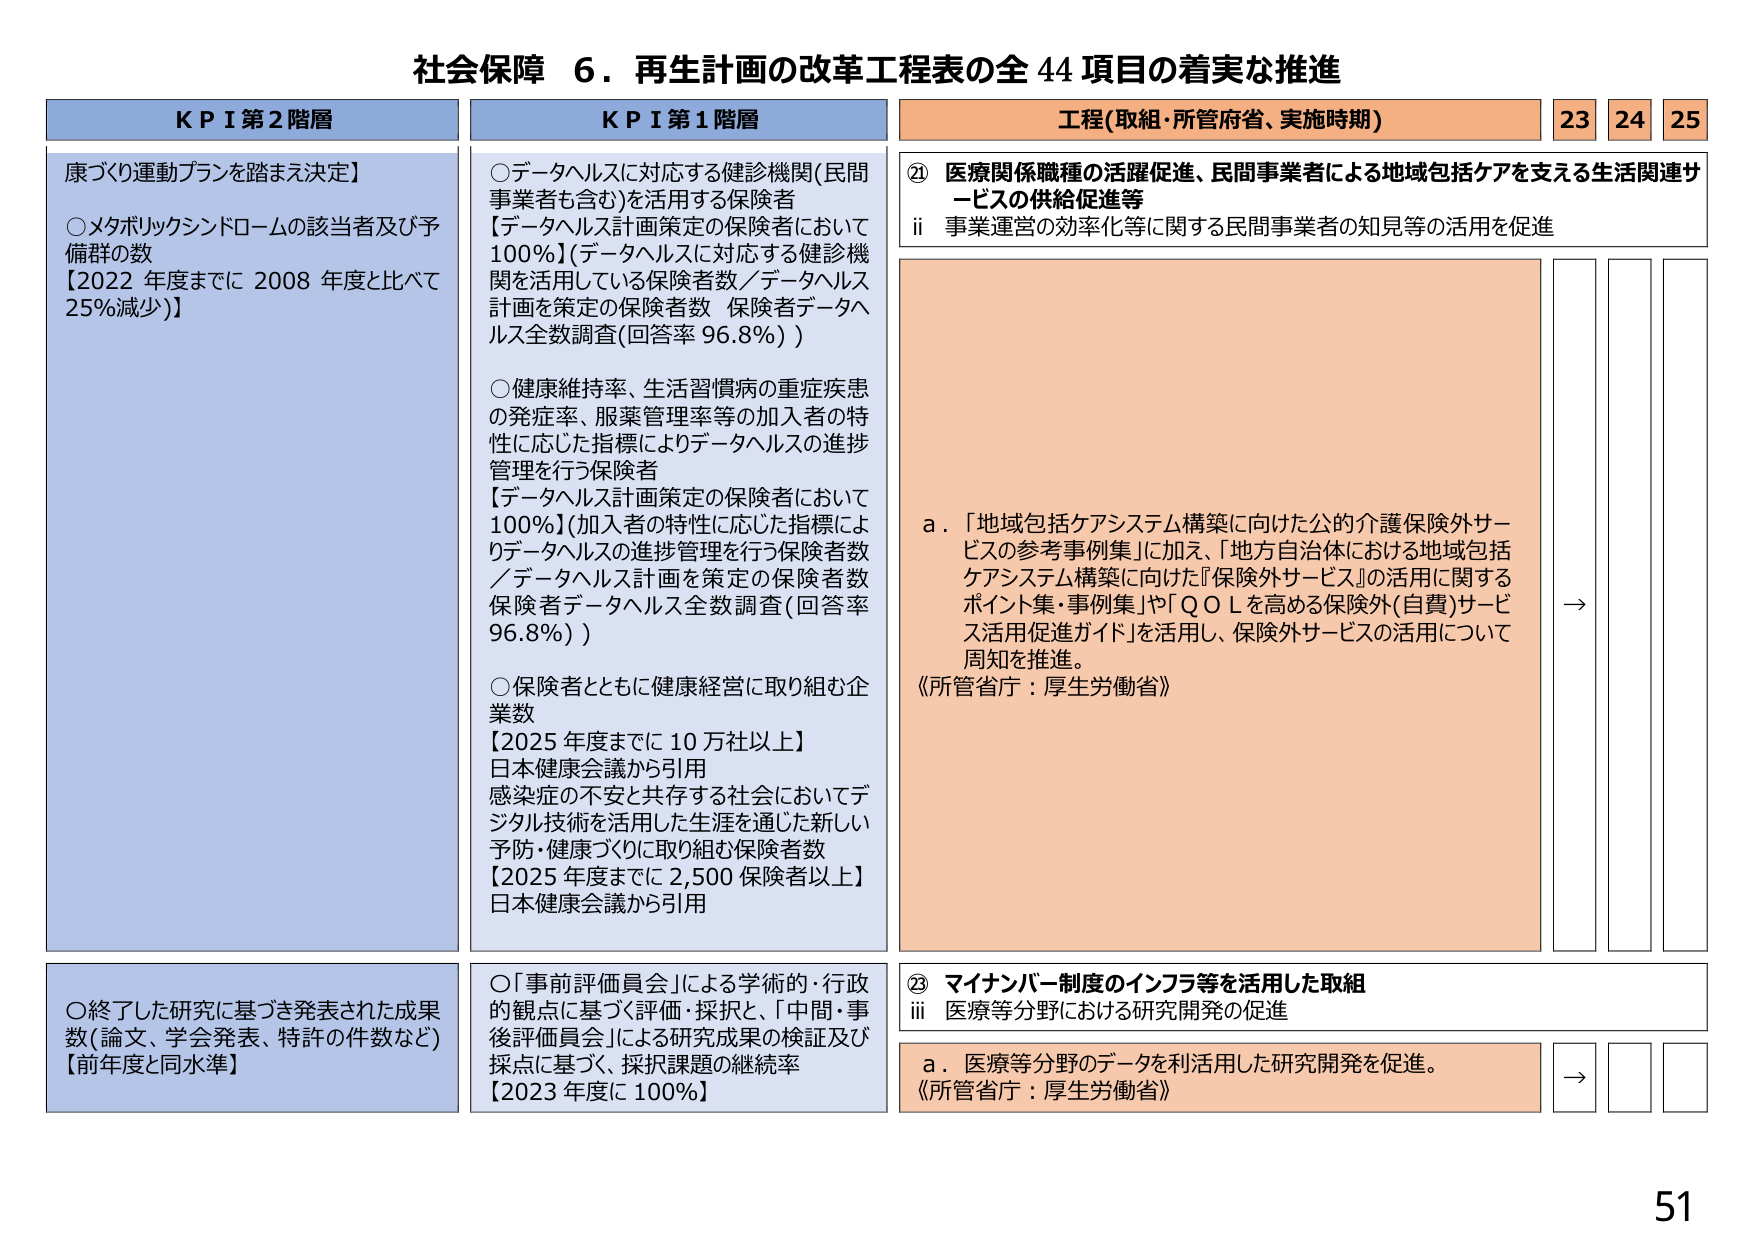
社会保障 6．再生計画の改革工程表の全44項目の着実な推進

KPI第2階層
康づくり運動プランを踏まえ決定】
○メタボリックシンドロームの該当者及び予備群の数
【2022年度までに2008年度と比べて25%減少】）

○終了した研究に基づき発表された成果数（論文、学会発表、特許の件数など）
【前年度と同水準】

KPI第1階層
○データヘルスに対応する健診機関（民間事業者も含む）を活用する保険者
【データヘルス計画策定の保険者において100%】（データヘルスに対応する健診機関を活用している保険者数／データヘルス計画を策定の保険者数 保険者データヘルス全数調査（回答率96.8%））

○健康維持率、生活習慣病の重症疾患の発症率、服薬管理率等の加入者の特性に応じた指標によりデータヘルスの進捗管理を行う保険者
【データヘルス計画策定の保険者において100%】（加入者の特性に応じた指標によりデータヘルスの進捗管理を行う保険者数／データヘルス計画を策定の保険者数 保険者データヘルス全数調査（回答率96.8%））

○保険者とともに健康経営に取り組む企業数
【2025年度までに10万社以上】
日本健康会議から引用
感染症の不安と共存する社会においてデジタル技術を活用した生涯を通じた新しい予防・健康づくりに取り組む保険者数
【2025年度までに2,500保険者以上】
日本健康会議から引用

○「事前評価委員会」による学術的・行政的観点に基づく評価・採択と、「中間・事後評価委員会」による研究成果の検証及び採点に基づく、採択課題の継続率
【2023年度に100%】

工程（取組・所管府省、実施時期）
23 24 25

⑳ 医療関係職種の活躍促進、民間事業者による地域包括ケアを支える生活関連サービスの供給促進等
ii 事業運営の効率化等に関する民間事業者の知見等の活用を促進

a．「地域包括ケアシステム構築に向けた公的介護保険外サービスの参考事例集」に加え、「地方自治体における地域包括ケアシステム構築に向けた『保険外サービス』の活用に関するポイント集・事例集」や「QOLを高める保険外（自費）サービス活用促進ガイド」を活用し、保険外サービスの活用について周知を推進。
《所管省庁：厚生労働省》

→

㉑ マイナンバー制度のインフラ等を活用した取組
iii 医療等分野における研究開発の促進

a．医療等分野のデータを利活用した研究開発を促進。
《所管省庁：厚生労働省》

→

51